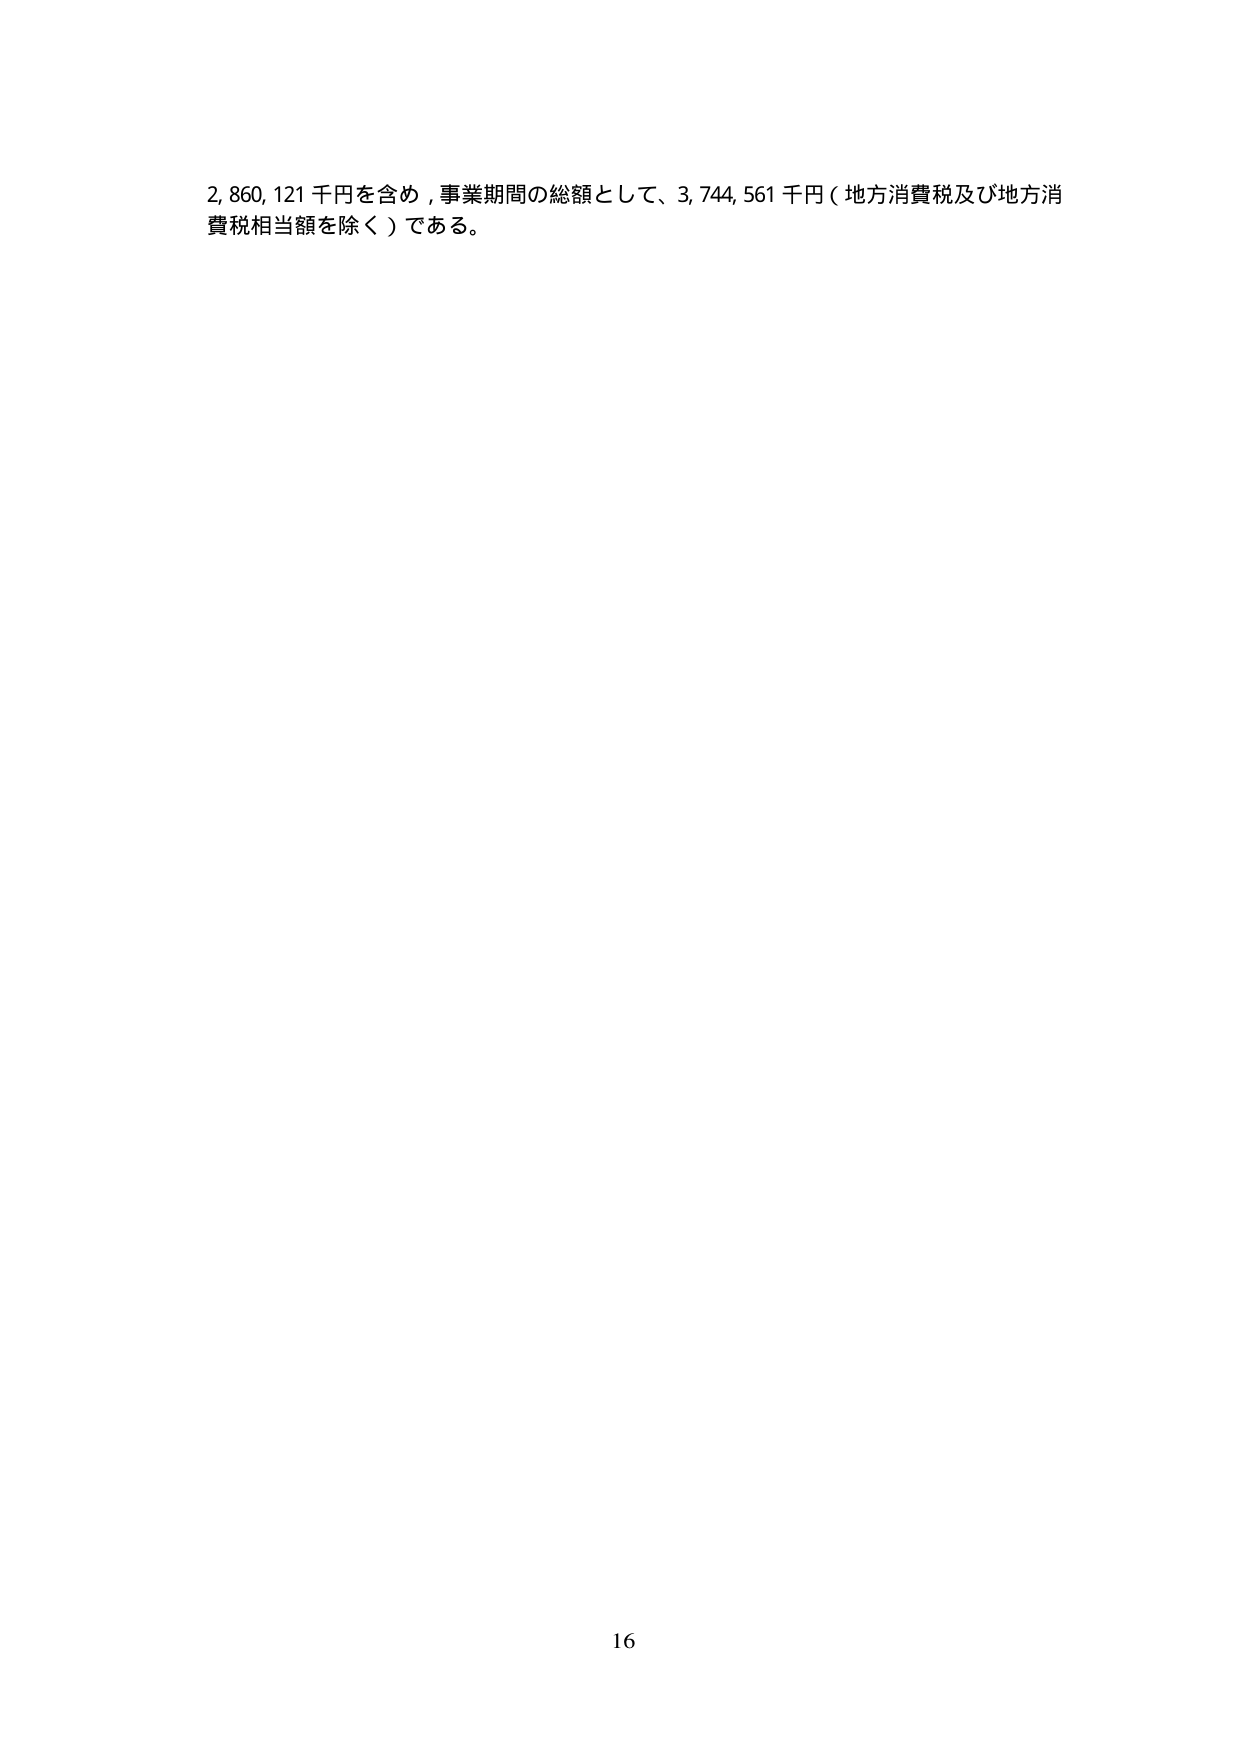
2,860,121千円を含め，事業期間の総額として、3,744,561千円（地方消費税及び地方消費税相当額を除く）である。

16